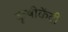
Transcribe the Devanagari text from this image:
कृषीकेंद्री